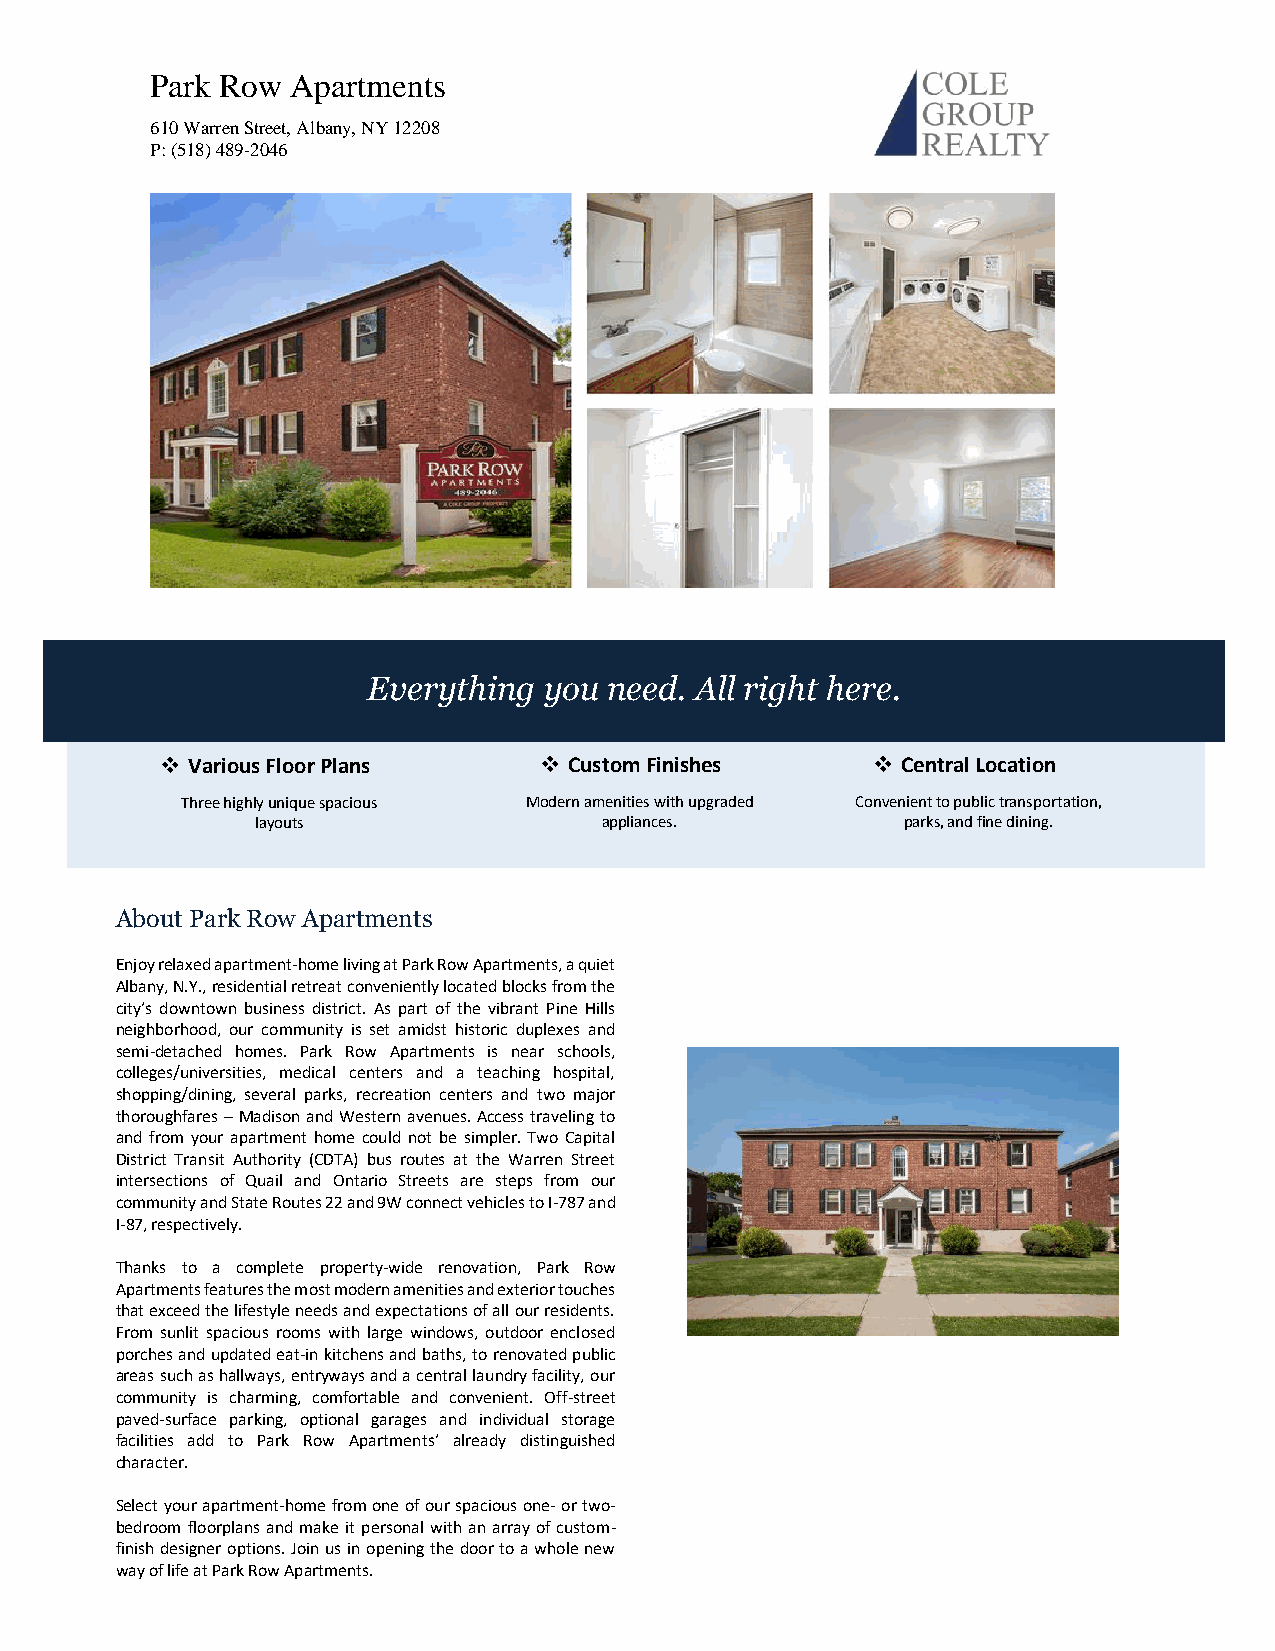
Park Row Apartments
 610 Warren Street, Albany, NY 12208
 P: (518) 489-2046
 Everything  you need. All right here.
 ❖ Various Floor Plans    ❖ Custom Finishes     ❖ Central Location
 Three highly unique spacious Modern amenities with upgraded Convenient to public transportation,
 layouts                appliances.         parks, and fine dining.
 About Park Row Apartments
 Enjoy relaxed apartment-home living at Park Row Apartments, a quiet
 Alban y, N.Y., residential retreat conveniently located blocks from the
 city’s downtown business district. As part of the vibrant Pine Hills
 neighborhood, our community is set amidst historic duplexes and
 semi-detached homes. Park Row Apartments is near schools,
 colleges/universities, medical centers and a teaching hospital,
 shopping/dining, several parks, recreation centers and two major
 thoroughfares – Madison and Western avenues. Access traveling to
 and from your apartment home could not be simpler. Two Capital
 District Transit Authority (CDTA) bus routes at the Warren Street
 intersections of Quail and Ontario Streets are steps from our
 community and State Routes 22 and 9W connect vehicles to I-787 and
 I-87, respectively.
 Thanks to a complete property-wide renovation, Park Row
 Apartments features the most modern amenities and exterior touches
 that exceed the lifestyle needs and expectations of all our residents.
 From sunlit spacious rooms with large windows, outdoor enclosed
 porches and updated eat-in kitchens and baths, to renovated public
 areas such as hallways, entryways and a central laundry facility, our
 community is charming, comfortable and convenient. Off-street
 paved-surface parking, optional garages and individual storage
 facilities add to Park Row Apartments’ already distinguished
 character.
 Select your apartment-home from one of our spacious one- or two-
 bedroom floorplans and make it personal with an array of custom-
 finish designer options. Join us in opening the door to a whole new
 way of life at Park Row Apartments.